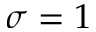
\sigma = 1